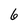
Character: 6